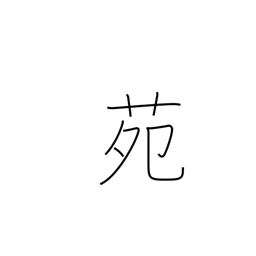
Meaning: park